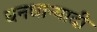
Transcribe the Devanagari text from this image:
धनधान्यादी